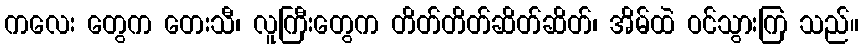
ကလေး တွေက တေးသီ၊ လူကြီးတွေက တိတ်တိတ်ဆိတ်ဆိတ်၊ အိမ်ထဲ ဝင်သွားကြ သည်။